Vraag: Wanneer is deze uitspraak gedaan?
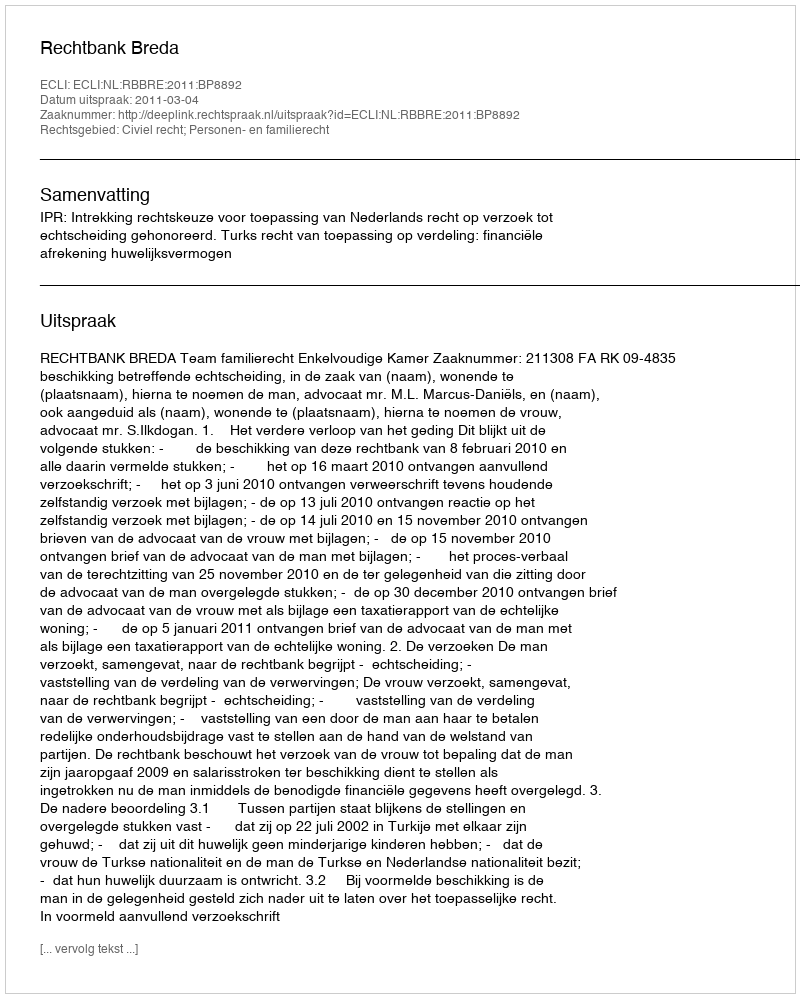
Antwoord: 2011-03-04